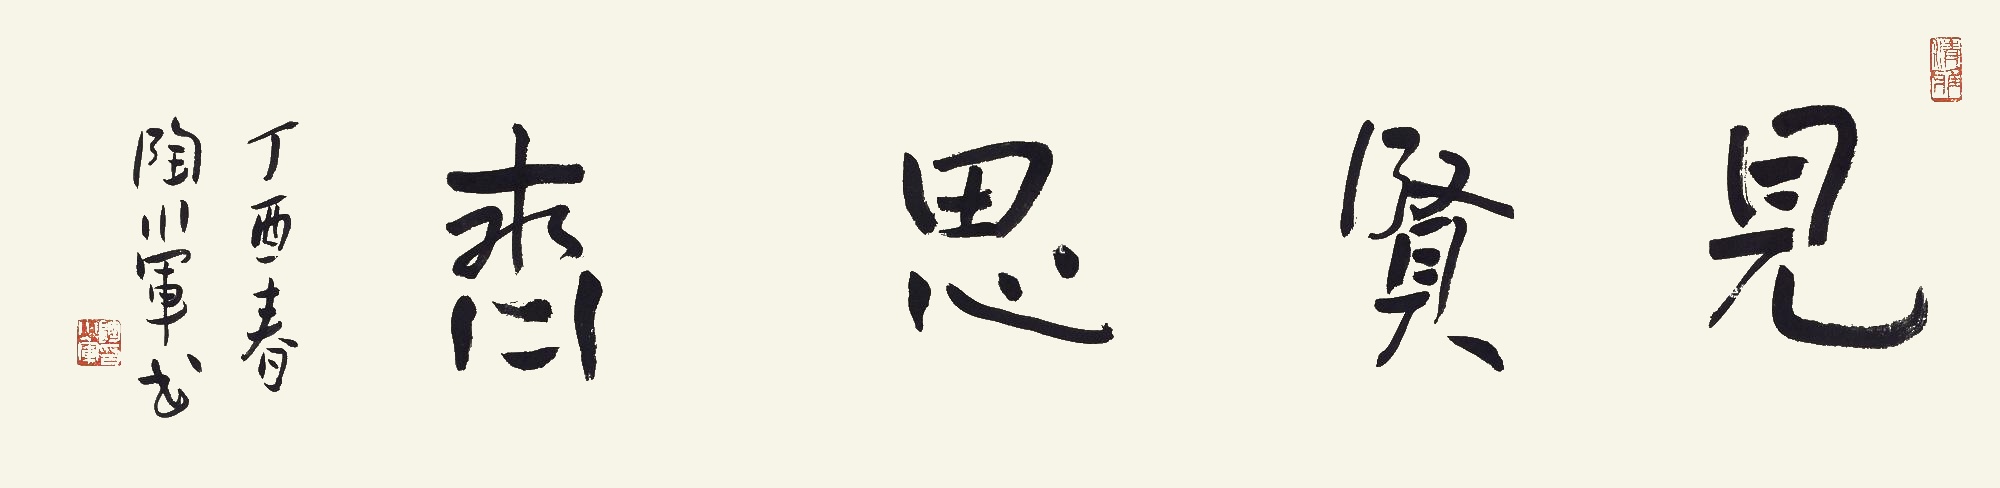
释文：见贤思齐。丁酉春，陶小军书。